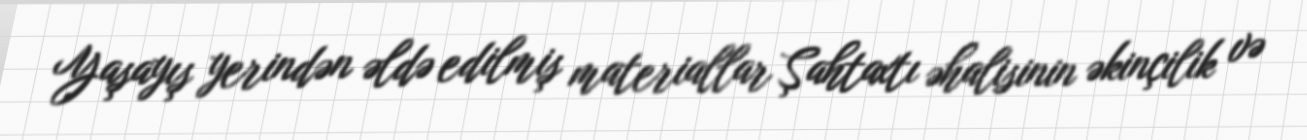
Yaşayış yerindən əldə edilmiş materiallar Şahtaxtı əhalisinin əkinçilik və